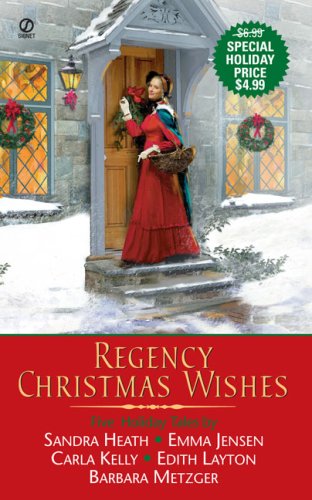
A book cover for Regency Christmas Wishes; Edith Layton; Religion & Spirituality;